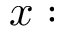
x :